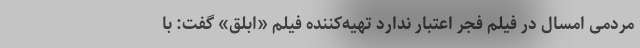
مردمی امسال در فیلم فجر اعتبار ندارد تهیه‌کننده فیلم «ابلق» گفت: با